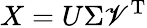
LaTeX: X=U\Sigma\mathscr{V}^{\mathrm{{{T}}}}